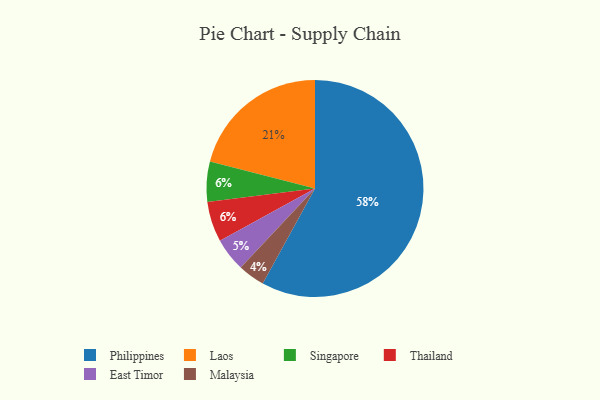
{"axis": {"x": "Category", "y": "Percentage"}, "legend": ["East Timor", "Laos", "Malaysia", "Philippines", "Singapore", "Thailand"], "data": [{"x": "East Timor", "y": 5, "type": "East Timor"}, {"x": "Laos", "y": 21, "type": "Laos"}, {"x": "Singapore", "y": 6, "type": "Singapore"}, {"x": "Philippines", "y": 58, "type": "Philippines"}, {"x": "Malaysia", "y": 4, "type": "Malaysia"}, {"x": "Thailand", "y": 6, "type": "Thailand"}]}